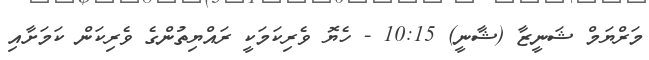
މަރްޔަމް ޝަނީޒާ (ޝާނީ) 10:15 - ހެޔޮ ވެރިކަމަކީ ރައްޔިތުންގެ ވެރިކަން ކަމަށާއި